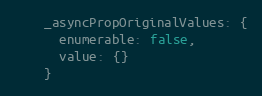
Language: JavaScript
    _asyncPropOriginalValues: {
      enumerable: false,
      value: {}
    }